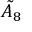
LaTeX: { \tilde { A } } _ { 8 }